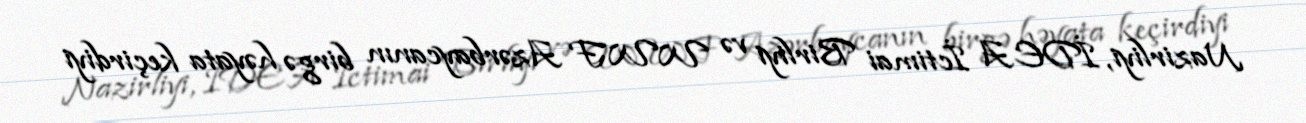
Nazirliyi, İDEA İctimai Birliyi və WWF Azərbaycanın birgə həyata keçirdiyi